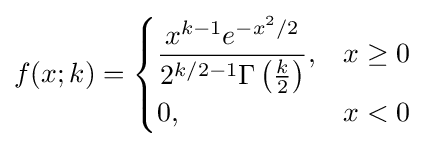
f(x;k)={\begin{cases}{\dfrac {x^{k-1}e^{-x^{2}/2}}{2^{k/2-1}\Gamma \left({\frac {k}{2}}\right)}},&x\geq 0\\0,&x<0\end{cases}}